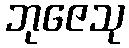
ဘုဇေသု